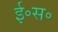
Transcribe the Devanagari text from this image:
ई॰स॰